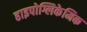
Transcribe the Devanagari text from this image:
हाइपोग्लिकेमिक